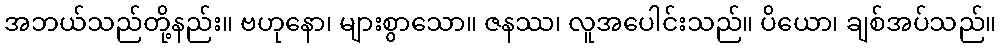
အဘယ်သည်တို့နည်း။ ဗဟုနော၊ များစွာသော။ ဇနဿ၊ လူအပေါင်းသည်။ ပိယော၊ ချစ်အပ်သည်။